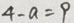
4 - a = 9